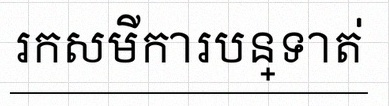
រកសមីការបន្ទាត់